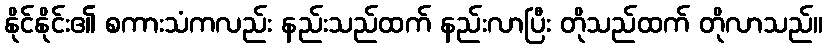
နိုင်နိုင်း၏ စကားသံကလည်း နည်းသည်ထက် နည်းလာပြီး တိုသည်ထက် တိုလာသည်။